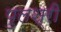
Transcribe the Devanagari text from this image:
पुलश्री